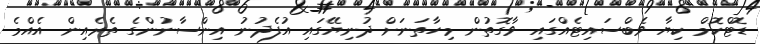
ޑޮޓްކޮމް ކިޔާ ވެބްސައިޓެއްގައި ވާގޮތުން މިހާތަނަށް ދުނިޔޭގައި އުފެދުނު އިންސާނުންގެ ތެރެއިން އެއްމެ